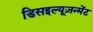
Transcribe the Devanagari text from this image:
डिसइल्यूज़न्मेंट